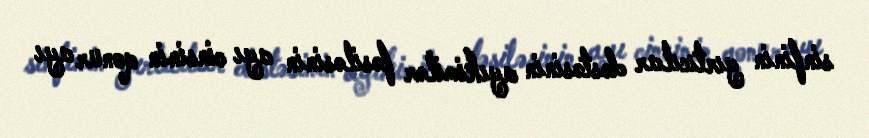
sinfinin yırtıcılar dəstəsinin ayıkimilər fəsiləsinin ayı cinsinin qonur ayı